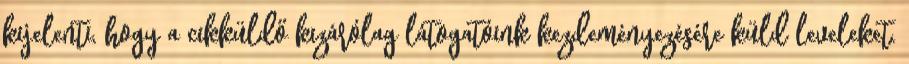
kijelenti, hogy a cikküldő kizárólag látogatóink kezdeményezésére küld leveleket.